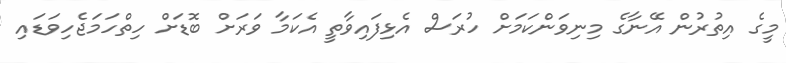
މީގެ އިތުރުން އޭނާގެ މިނިވަންކަމަށް ހުރަސް އެޅިފައިވާތީ އެކަމާ ވަރަށް ބޮޑަށް ހިތްހަމަޖެހިވަޑައި